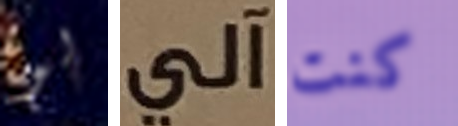
لو آلي كنت